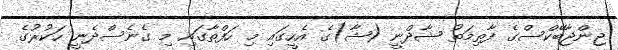
ޖިންޖާބޭކްސްގެ ފާތިމަތު ޝާދްނީ (ޝާ)ގެ އެހީގައި މި ހަފްތާގައި މި ގެނެސްދެނީ ހަކުރުގެ